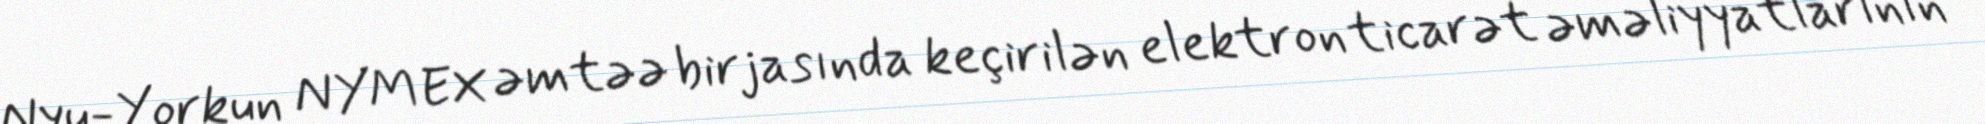
Nyu-Yorkun NYMEX əmtəə birjasında keçirilən elektron ticarət əməliyyatlarının